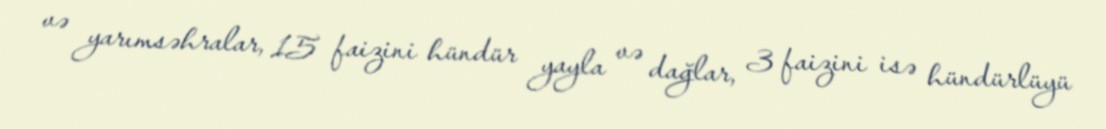
və yarımsəhralar, 15 faizini hündür yayla və dağlar, 3 faizini isə hündürlüyü